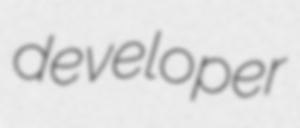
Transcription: developer